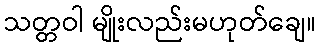
သတ္တဝါ မျိုးလည်းမဟုတ်ချေ။